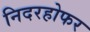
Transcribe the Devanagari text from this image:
निदरहोफर